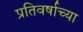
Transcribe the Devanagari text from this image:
प्रतिवर्षाच्या